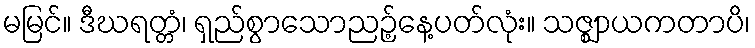
မမြင်။ ဒီဃရတ္တံ၊ ရှည်စွာသောညဉ့်နေ့ပတ်လုံး။ သဇ္ဈာယကတာပိ၊